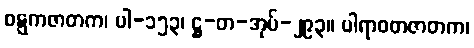
ဝဋ္ဋကဇာတက၊ ပါ-၁၅၃၊ ဋ္ဌ-တ-အုပ်-၂၉၃။ ပါရာဝတဇာတက၊